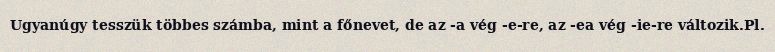
Ugyanúgy tesszük többes számba, mint a főnevet, de az -a vég -e-re, az -ea vég -ie-re változik.Pl.